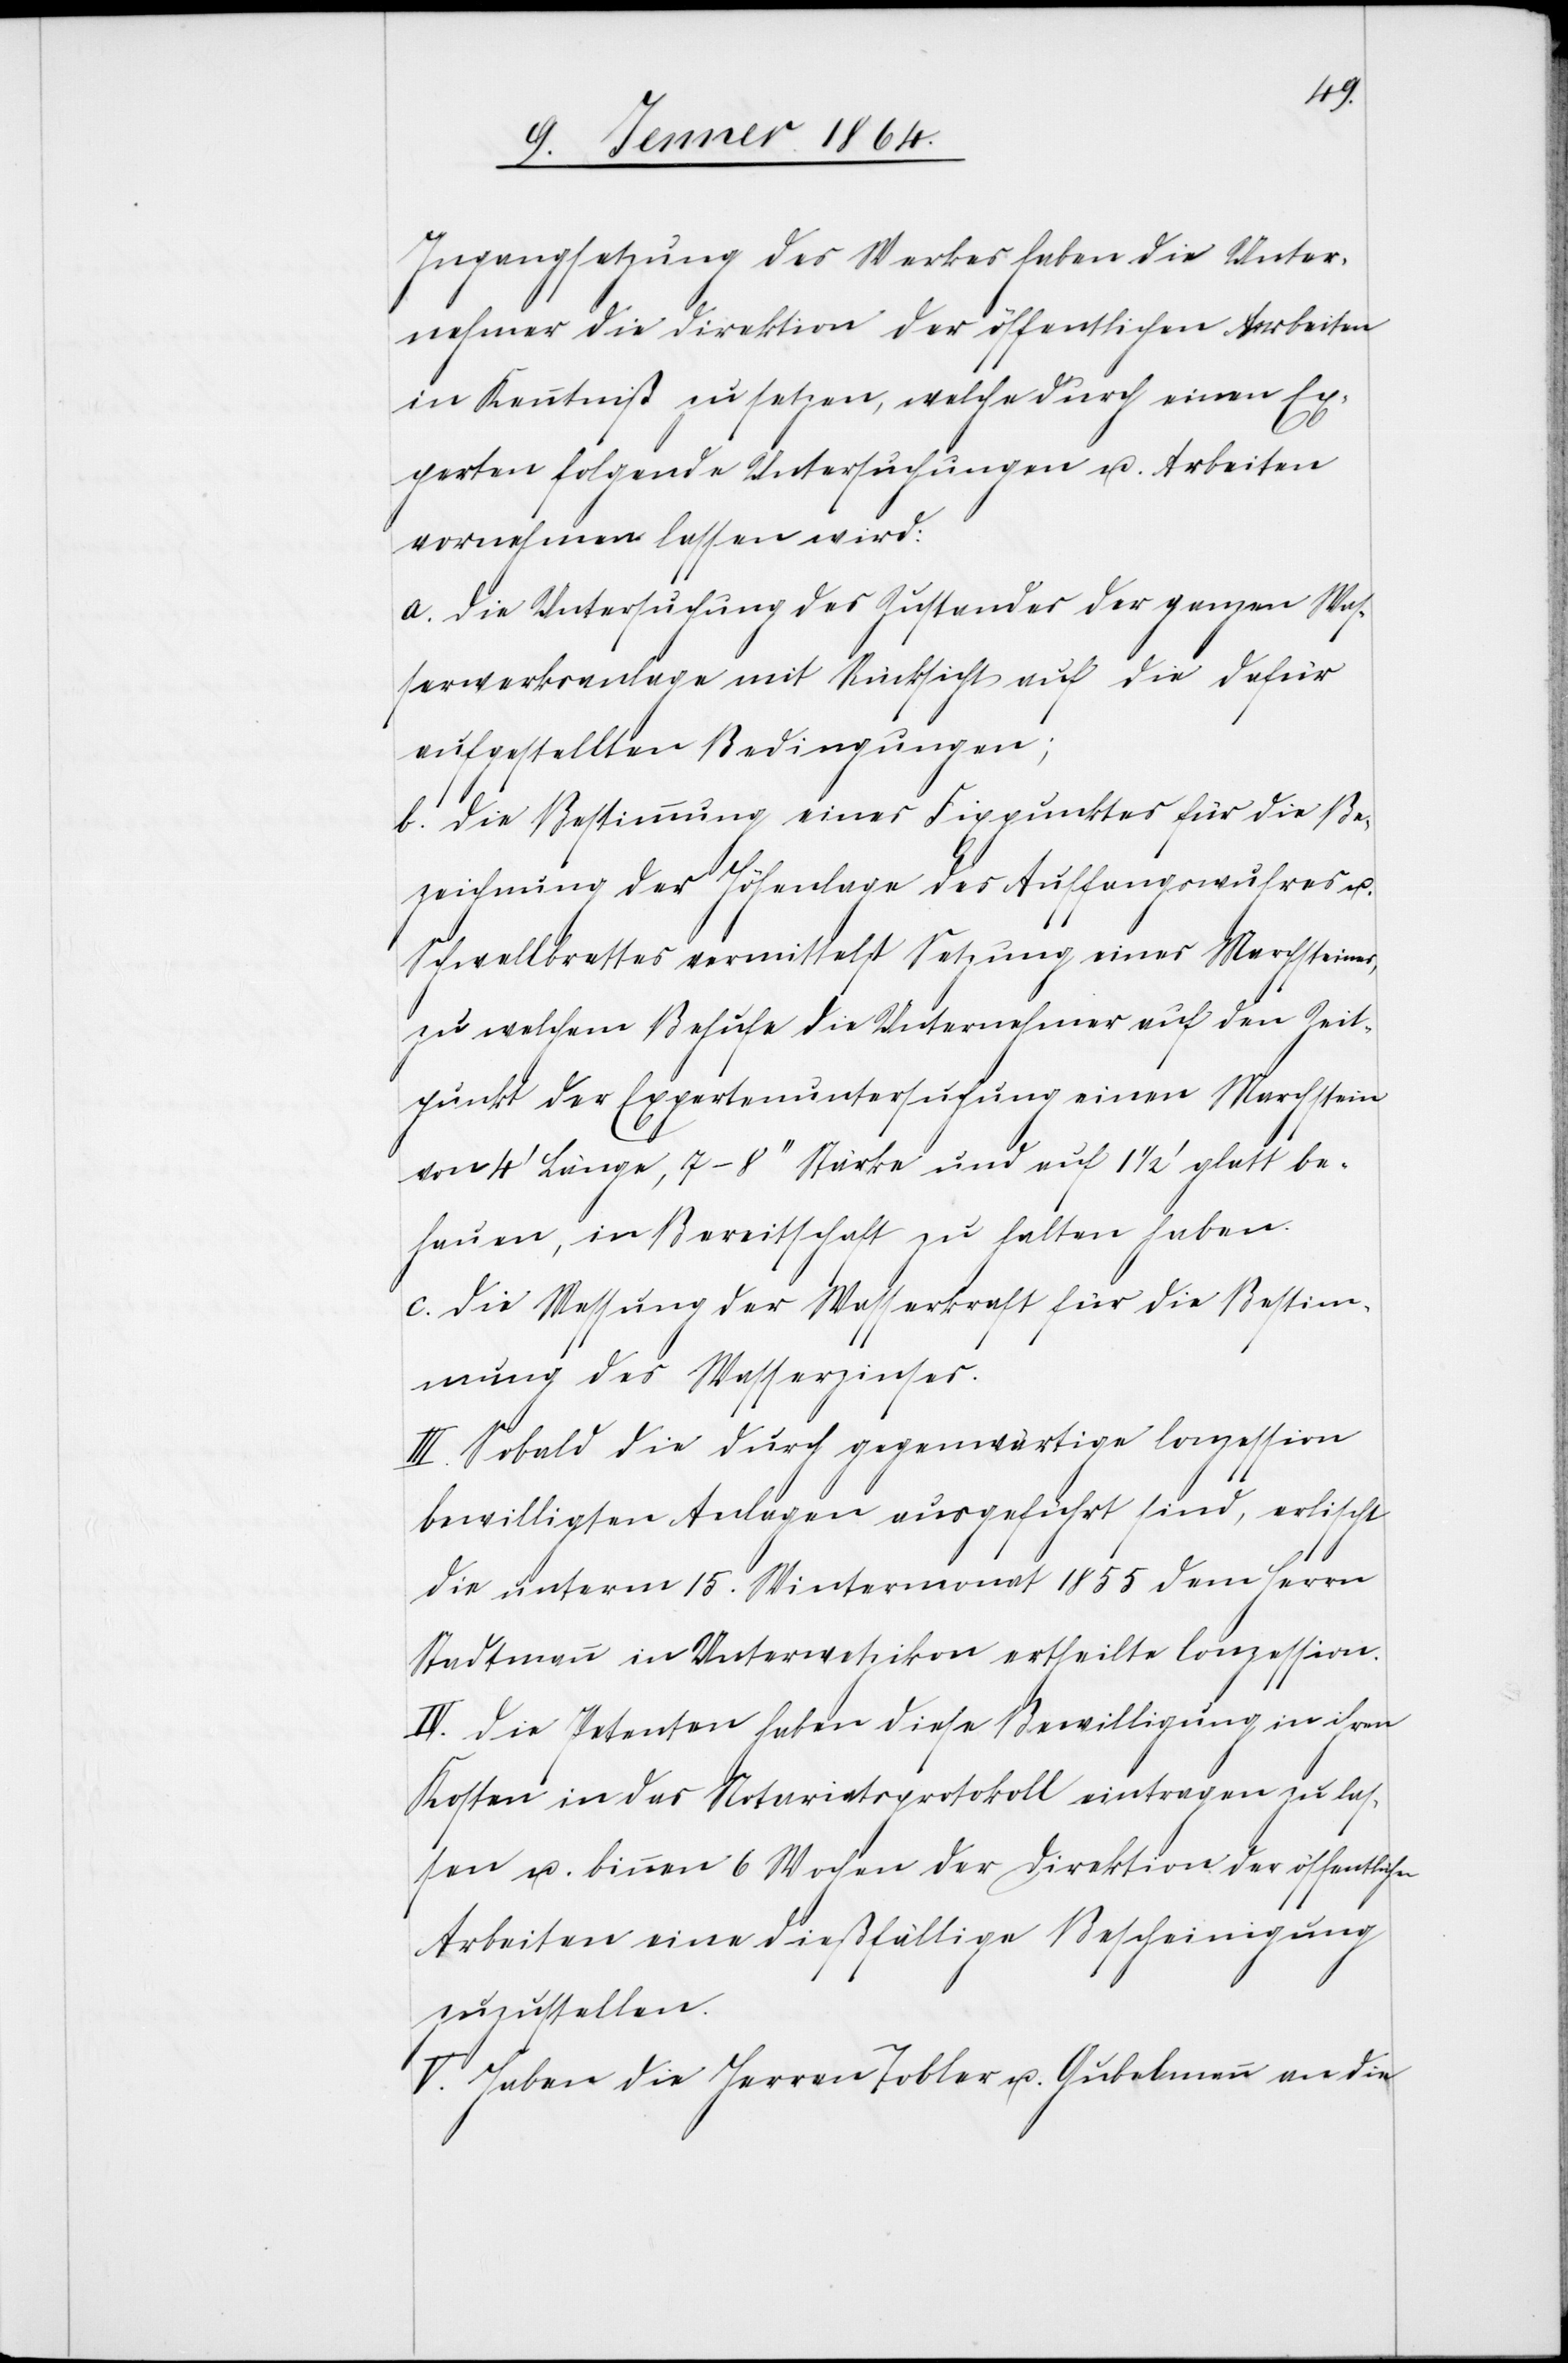
Ingangsetzung des Werkes haben die Unter¬
nehmer die Direktion der öffentlichen Arbeiten
in Kenntniß zu setzen, welche durch einen Ex¬
perten folgende Untersuchungen u. Arbeiten
vornehmen lassen wird:
a. Die Untersuchung des Zustandes der ganzen Was¬
serwerksanlage mit Rücksicht auf die dafür
aufgestellten Bedingungen;
b. die Bestimmung eines Fixpunktes für die Be¬
zeichnung der Höhenlage des Auffangwuhres u.
Schwellbretter vermittelst Setzung eines Marchsteines,
zu welchem Behufe die Unternehmer auf den Zeit¬
punkt der Expertenuntersuchung einen Marchstein
von 4' Länge, 7-8" Stärke und auf 1 ½' glatt be¬
hauen, in Bereitschaft zu halten haben.
c. Die Messung der Wasserkraft für die Bestim¬
mung des Wasserzinses.
III. Sobald die durch gegenwärtige Conzession
bewilligten Anlagen ausgeführt sind, erlischt
die unterm 15. Wintermonat 1855 dem Herrn
Stadtmann in Unterwetzikon ertheilte Conzession.
IV. Die Petenten haben diese Bewilligung in ihren
Kosten in das Notariatsprotokoll eintragen zu las¬
sen u. binnen 6 Wochen der Direktion der öffentlichen
Arbeiten eine dießfällige Bescheinigung
zuzustellen.
V. Haben die Herren Tobler u. Gubelmann an die